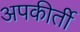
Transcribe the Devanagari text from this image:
अपकीर्ती